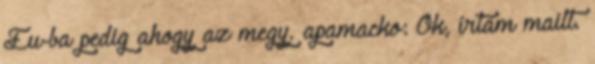
Eu-ba pedig ahogy az megy. apamacko: Ok, írtam mailt.